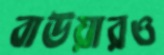
বাউয়ারও